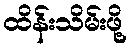
ထိန်းသိမ်းဖို့